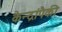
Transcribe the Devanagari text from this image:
केन्द्रांपैकी